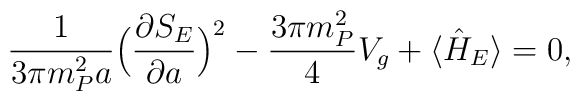
\frac{1}{3 \pi m_P^2 a} \Bigl( \frac{\partial S_E}{\partial a} \Bigr)^2 - \frac{3 \pi m_P^2}{4} V_g + \langle \hat{H}_{E} \rangle  = 0,